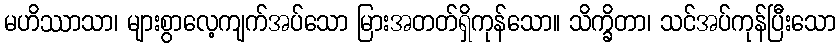
မဟိဿာသာ၊ များစွာလေ့ကျက်အပ်သော မြားအတတ်ရှိကုန်သော။ သိက္ခိတာ၊ သင်အပ်ကုန်ပြီးသော